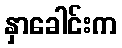
နှာခေါင်းက